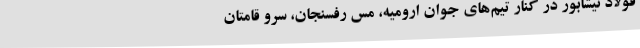
فولاد نیشابور در کنار تیم‌های جوان ارومیه، مس رفسنجان، سرو قامتان